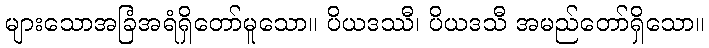
များသောအခြံအရံရှိတော်မူသော။ ပိယဒဿီ၊ ပိယဒသီ အမည်တော်ရှိသော။